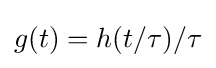
g(t)=h(t/\tau )/\tau